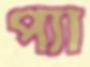
প্যা